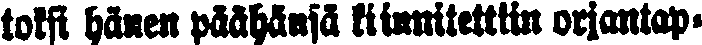
toksi hänen päähänsä kiinnitetiin orjantap-